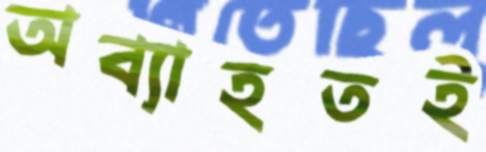
অব্যাহতই